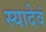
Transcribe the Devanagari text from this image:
स्यादेवं